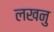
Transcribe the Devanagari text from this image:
लखनु